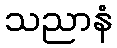
သညာနံ